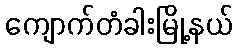
ကျောက်တံခါးမြို့နယ်